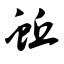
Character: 蚯